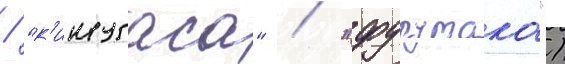
/ "к'инугаса" / "фурутака")